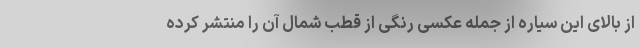
از بالای این سیاره از جمله عکسی رنگی از قطب شمال آن را منتشر کرده